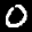
Label: 0